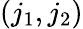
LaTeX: (j_{1},j_{2})